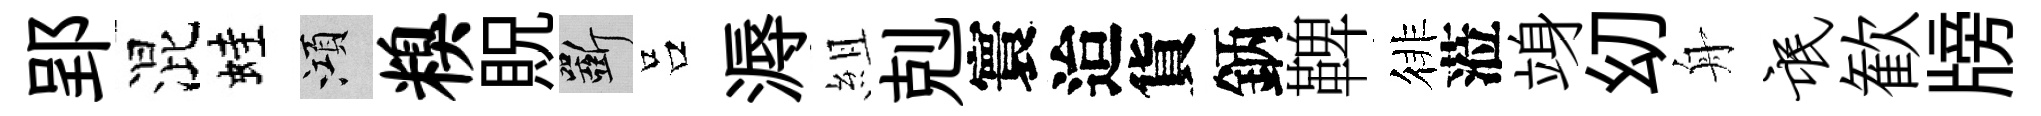
郢混蛙澒糗貺斫吕溽組剋寰迨貨鈵鞞徘蒞竧㓜舟氓歓牓